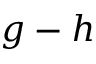
g - h